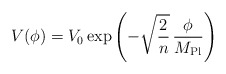
\begin{align*}V(\phi) = V_0 \exp \left( - \sqrt{ \frac{2}{n}} \, \frac{\phi}{M_{\rm Pl}}\right) \end{align*}